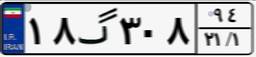
۸۵گ۱۵۸۹۰